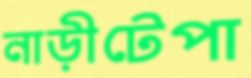
নাড়ীটেপা